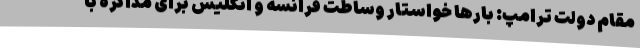
مقام دولت ترامپ: بارها خواستار وساطت فرانسه و انگلیس برای مذاکره با